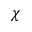
\chi